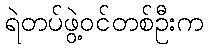
ရဲတပ်ဖွဲ့ဝင်တစ်ဦးက